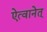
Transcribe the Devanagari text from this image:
ऐत्वानेत्